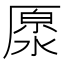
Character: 𠪥